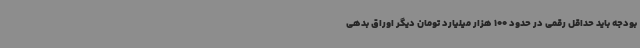
بودجه باید حداقل رقمی در حدود 100 هزار میلیارد تومان دیگر اوراق بدهی